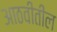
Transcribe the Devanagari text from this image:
आठवीतील